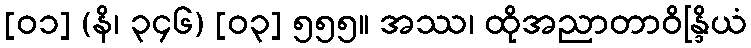
[၀၁] (နိ၊ ၃၄၆) [၀၃] ၅၅၅။ အဿ၊ ထိုအညာတာဝိန္ဒြိယံ